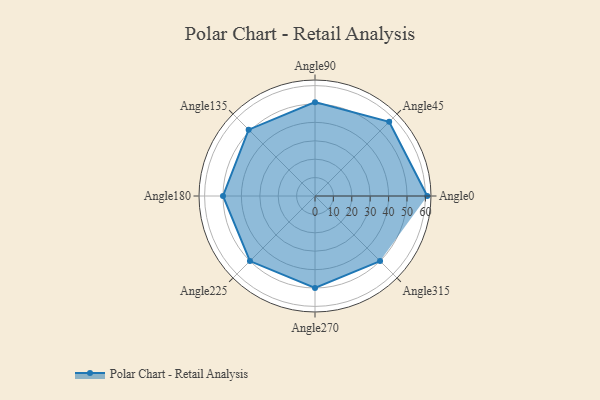
{"axis": {"x": "Angle", "y": "Radius"}, "legend": [""], "data": [{"x": "Angle0", "y": 61.0, "type": ""}, {"x": "Angle45", "y": 57.0, "type": ""}, {"x": "Angle90", "y": 51.0, "type": ""}, {"x": "Angle135", "y": 51.0, "type": ""}, {"x": "Angle180", "y": 50, "type": ""}, {"x": "Angle225", "y": 50, "type": ""}, {"x": "Angle270", "y": 50, "type": ""}, {"x": "Angle315", "y": 50, "type": ""}]}